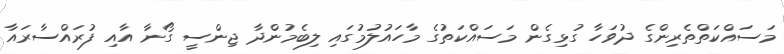
މަސައްކަތްތެރިންގެ ދުވަހާ ގުޅިގެން މަސައްކަތުގެ މާހައުލުމުގައި ލިބެމުންދާ ޖިންސީ ގޯނާ އާއި ފުރައްސާރައާ